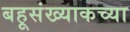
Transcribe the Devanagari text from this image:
बहूसंख्याकच्या